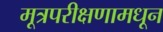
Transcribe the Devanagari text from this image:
मूत्रपरीक्षणामधून